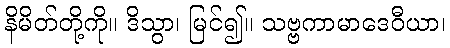
နိမိတ်တို့ကို။ ဒိသွာ၊ မြင်၍။ သဗ္ဗကာမာဒေဝီယာ၊